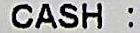
CASH :